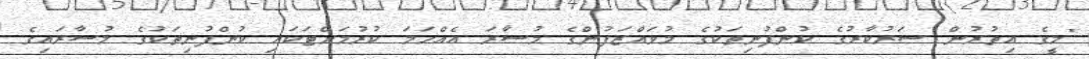
"މީގެ އިތުރުން ސަރުކާރުގެ ކުންފުނިތަކުގެ މުވައްޒަފުންގެ މުސާރަ އެއްހަމަ ކުރުމަށްޓަކައި ކުންފުނިތަކުގެ މުސާރައިގެ